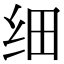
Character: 细